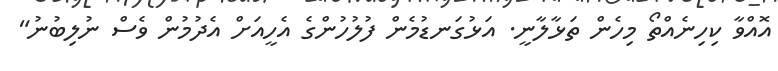
އޮއްވާ ކިހިނެއްތޯ މިހެން ތަޅާލާނީ. އަޅުގަނޑުމެން ފުލުހުންގެ އެހީއަށް އެދުމުން ވެސް ނުލިބުނު"